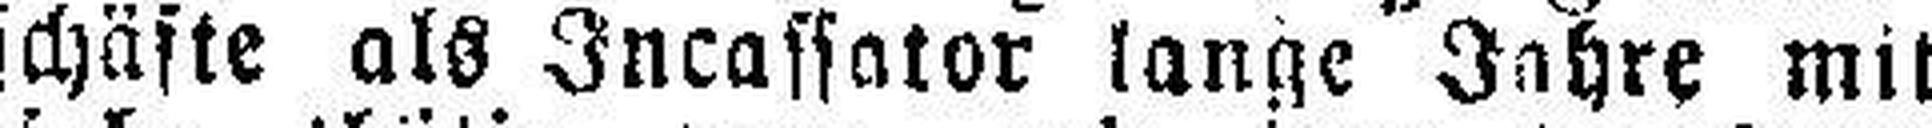
geschäfte als Incassator lange Jahre mit